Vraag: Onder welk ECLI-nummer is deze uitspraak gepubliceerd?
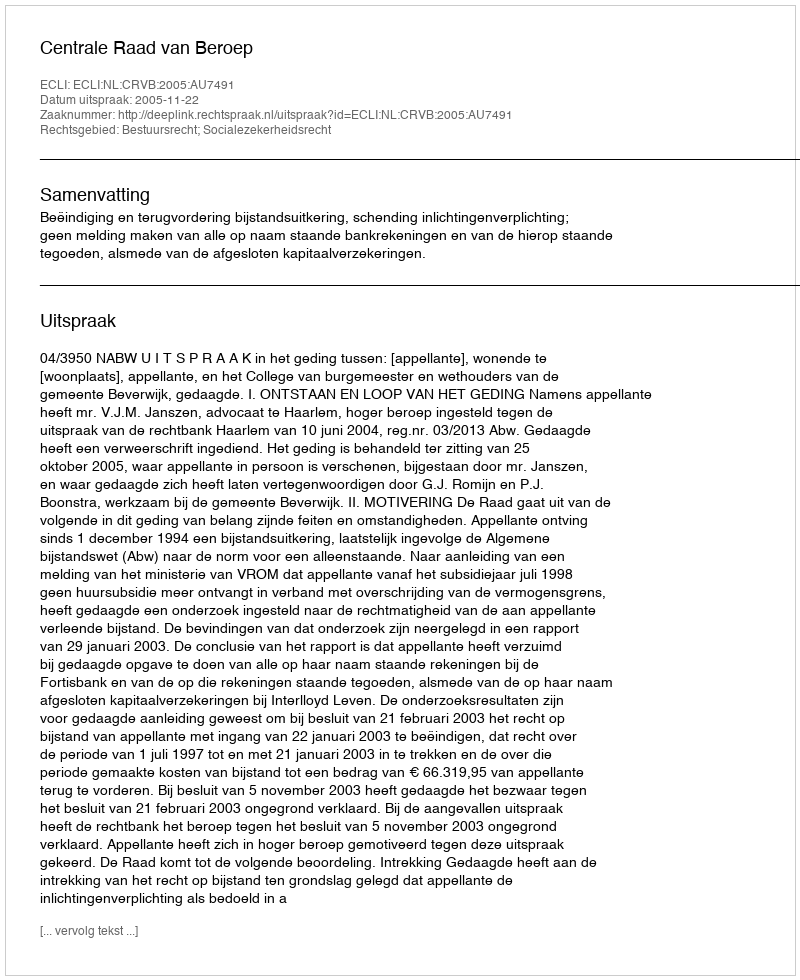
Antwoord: ECLI:NL:CRVB:2005:AU7491